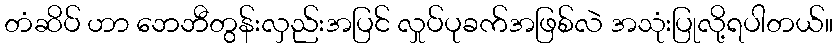
တံဆိပ် ဟာ ဘေဘီတွန်းလှည်းအပြင် လှုပ်ပုခက်အဖြစ်လဲ အသုံးပြုလို့ရပါတယ်။